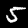
Digit: 5